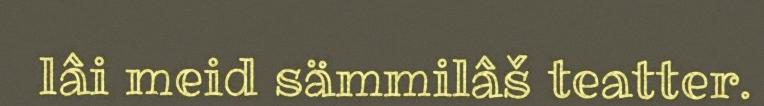
lâi meid sämmilâš teatter.